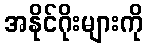
အနိုင်ဂိုးများကို